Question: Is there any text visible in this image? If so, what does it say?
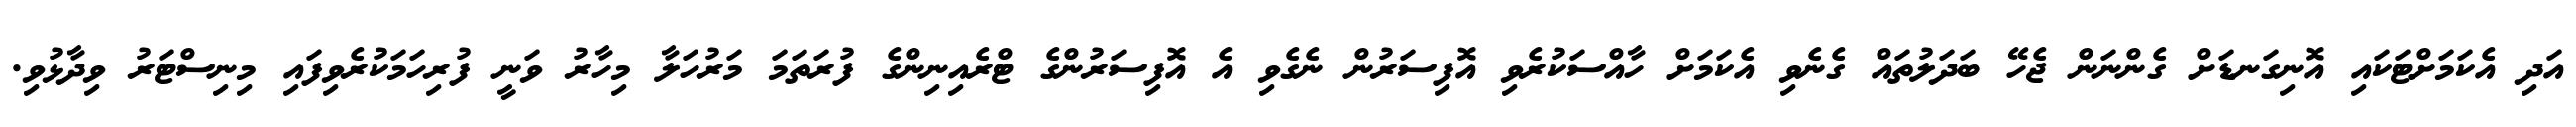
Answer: އަދި އެކަމަށްޓަކައި އޮނިގަނޑަށް ގެންނަން ޖެހޭ ބަދަލުތައް ގެނެވި އެކަމަށް ހާއްސަކުރެވި އޮފިސަރުން ނެގެވި އެ އޮފިސަރުންގެ ޓްރެއިނިންގެ ފުރަތަމަ މަރުހަލާ މިހާރު ވަނީ ފުރިހަމަކުރެވިފައި މިނިސްޓަރު ވިދާޅުވި.